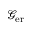
\mathscr { G } _ { \mathrm { e r } }